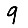
Digit: 9